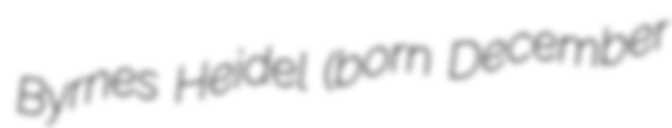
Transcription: Byrnes Heidel (born December